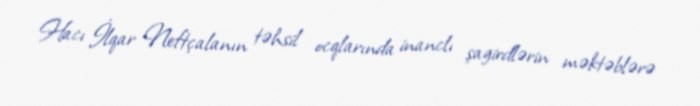
Hacı İlqar Neftçalanın təhsil ocqlarında inanclı şagirdlərin məktəblərə